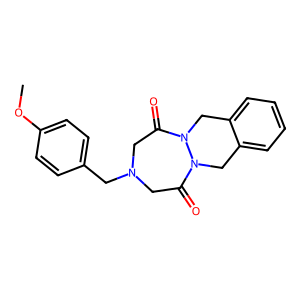
SMILES: COc1ccc(CN2CC(=O)N3Cc4ccccc4CN3C(=O)C2)cc1
Inhibits HIV replication: No